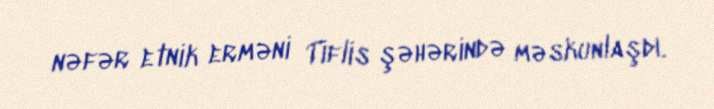
nəfər etnik erməni Tiflis şəhərində məskunlaşdı.